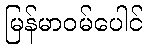
မြန်မာဝမ်ပေါင်